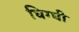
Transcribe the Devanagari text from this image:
घिग्घी